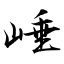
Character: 崜